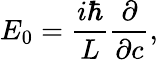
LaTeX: E_{0}={\frac{i\hbar}{L}}{\frac{\partial}{\partial c}},